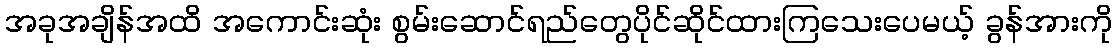
အခုအချိန်အထိ အကောင်းဆုံး စွမ်းဆောင်ရည်တွေပိုင်ဆိုင်ထားကြသေးပေမယ့် ခွန်အားကို